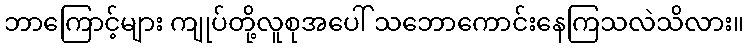
ဘာကြောင့်များ ကျုပ်တို့လူစုအပေါ် သဘောကောင်းနေကြသလဲသိလား။